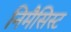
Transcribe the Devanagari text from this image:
निमैसिस्ट